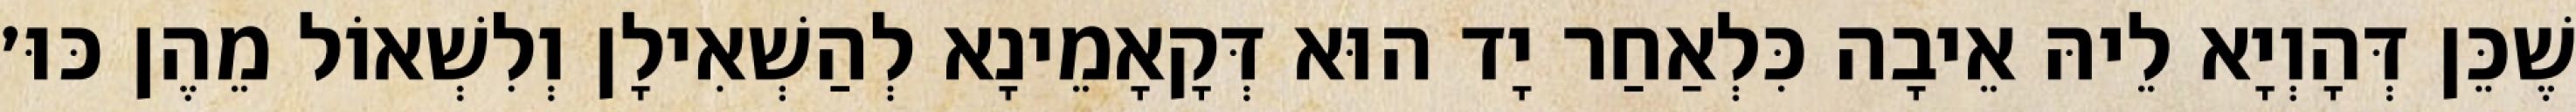
שֶׁכֵּן דְּהָוְיָא לֵיהּ אֵיבָה כִּלְאַחַר יָד הוּא דְּקָאָמֵינָא לְהַשְׁאִילָן וְלִשְׁאוֹל מֵהֶן כּוּ׳